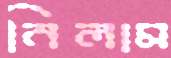
নিলাম